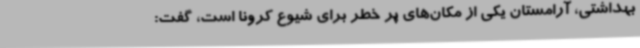
بهداشتی، آرامستان یکی از مکان‌های پر خطر برای شیوع کرونا است، گفت: